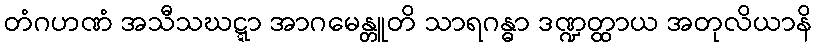
တံဂဟဏံ အသီသဃဋ္ဋာ အာဂမေန္တူတိ သာရဂန္ဓာ ဒဏ္ဍတ္ထာယ အတုလိယာနိ